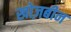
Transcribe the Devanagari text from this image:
खोज़बीन